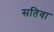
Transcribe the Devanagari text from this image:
सतिवा